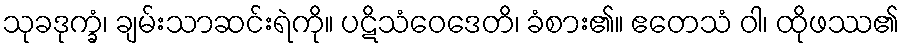
သုခဒုက္ခံ၊ ချမ်းသာဆင်းရဲကို။ ပဋိသံဝေဒေတိ၊ ခံစား၏။ ဧတေသံ ဝါ၊ ထိုဖဿ၏